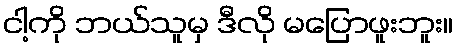
ငါ့ကို ဘယ်သူမှ ဒီလို မပြောဖူးဘူး။